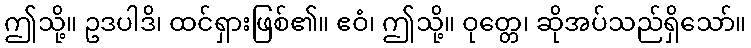
ဤသို့။ ဥဒပါဒိ၊ ထင်ရှားဖြစ်၏။ ဧဝံ၊ ဤသို့။ ဝုတ္တေ၊ ဆိုအပ်သည်ရှိသော်။